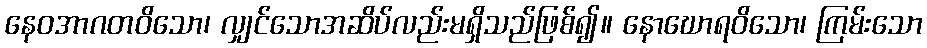
နေဝအာဂတဝိသော၊ လျှင်သောအဆိပ်လည်းမရှိသည်ဖြစ်၍။ နောဃောရဝိသော၊ ကြမ်းသော